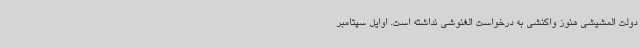
دولت المشیشی هنوز واکنشی به درخواست الغنوشی نداشته است. اوایل سپتامبر